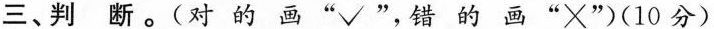
三、判断。(对的画 ” √ ”，错的画 ” × ” )(10分)